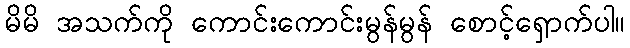
မိမိ အသက်ကို ကောင်းကောင်းမွန်မွန် စောင့်ရှောက်ပါ။